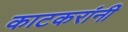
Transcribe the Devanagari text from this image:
काटकरांनी